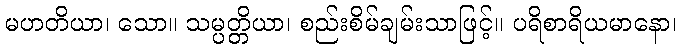
မဟတိယာ၊ သော။ သမ္ပတ္တိယာ၊ စည်းစိမ်ချမ်းသာဖြင့်။ ပရိစာရိယမာနော၊